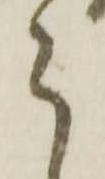
ら